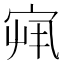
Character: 𫳏